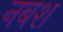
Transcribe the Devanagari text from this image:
नबश